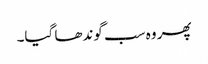
پھر وہ سب گوندھا گیا۔